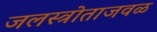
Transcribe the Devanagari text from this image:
जलस्त्रोताजवळ